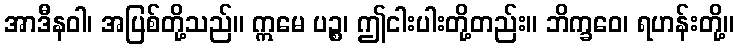
အာဒီနဝါ၊ အပြစ်တို့သည်။ ဣမေ ပဉ္စ၊ ဤငါးပါးတို့တည်း။ ဘိက္ခဝေ၊ ရဟန်းတို့။